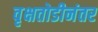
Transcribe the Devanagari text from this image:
वृक्षतोडीनंतर